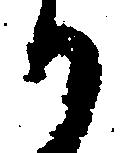
か